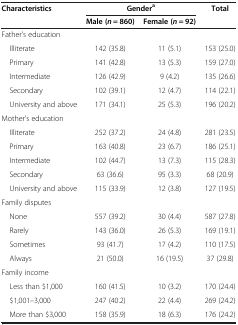
<table><thead><tr><td rowspan="2"><b>Characteristics</b></td><td colspan="2"><b>Gender<sup>a</sup></b></td><td rowspan="2"><b>Total</b></td></tr><tr><td><b>Male (<i>n</i> = 860)</b></td><td><b>Female (<i>n</i> = 92)</b></td></tr></thead><tbody><tr><td>Father&#x27;s education</td><td> </td><td> </td><td> </td></tr><tr><td> Illiterate</td><td>142 (35.8)</td><td>11 (5.1)</td><td>153 (25.0)</td></tr><tr><td> Primary</td><td>141 (42.8)</td><td>13 (5.3)</td><td>159 (27.0)</td></tr><tr><td> Intermediate</td><td>126 (42.9)</td><td>9 (4.2)</td><td>135 (26.6)</td></tr><tr><td> Secondary</td><td>102 (39.1)</td><td>12 (4.7)</td><td>114 (22.1)</td></tr><tr><td> University and above</td><td>171 (34.1)</td><td>25 (5.3)</td><td>196 (20.2)</td></tr><tr><td>Mother&#x27;s education</td><td> </td><td> </td><td> </td></tr><tr><td> Illiterate</td><td>252 (37.2)</td><td>24 (4.8)</td><td>281 (23.5)</td></tr><tr><td> Primary</td><td>163 (40.8)</td><td>23 (6.7)</td><td>186 (25.1)</td></tr><tr><td> Intermediate</td><td>102 (44.7)</td><td>13 (7.3)</td><td>115 (28.3)</td></tr><tr><td> Secondary</td><td>63 (36.6)</td><td>95 (3.3)</td><td>68 (20.9)</td></tr><tr><td> University and above</td><td>115 (33.9)</td><td>12 (3.8)</td><td>127 (19.5)</td></tr><tr><td>Family disputes</td><td> </td><td> </td><td> </td></tr><tr><td> None</td><td>557 (39.2)</td><td>30 (4.4)</td><td>587 (27.8)</td></tr><tr><td> Rarely</td><td>143 (36.0)</td><td>26 (5.3)</td><td>169 (19.1)</td></tr><tr><td> Sometimes</td><td>93 (41.7)</td><td>17 (4.2)</td><td>110 (17.5)</td></tr><tr><td> Always</td><td>21 (50.0)</td><td>16 (19.5)</td><td>37 (29.8)</td></tr><tr><td>Family income</td><td> </td><td> </td><td> </td></tr><tr><td> Less than $1,000</td><td>160 (41.5)</td><td>10 (3.2)</td><td>170 (24.4)</td></tr><tr><td> $1,001–3,000</td><td>247 (40.2)</td><td>22 (4.4)</td><td>269 (24.2)</td></tr><tr><td> More than $3,000</td><td>158 (35.9)</td><td>18 (6.3)</td><td>176 (24.2)</td></tr></tbody></table>